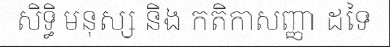
សិទ្ធិ មនុស្ស និង កតិកាសញ្ញា ដទៃ